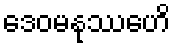
ဒေဝမနုဿေဟိ